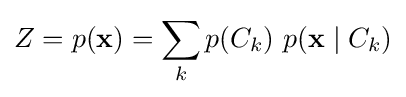
Z=p(\mathbf {x} )=\sum _{k}p(C_{k})\ p(\mathbf {x} \mid C_{k})